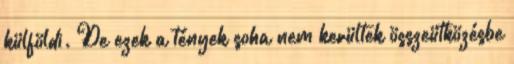
külföldi. De ezek a tények soha nem kerültek összeütközésbe